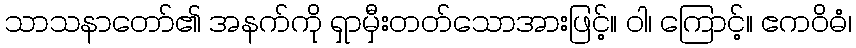
သာသနာတော်၏ အနက်ကို ရှာမှီးတတ်သောအားဖြင့်။ ဝါ၊ ကြောင့်။ ဧကဝိဓံ၊